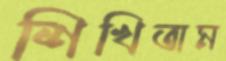
শিখিতাম